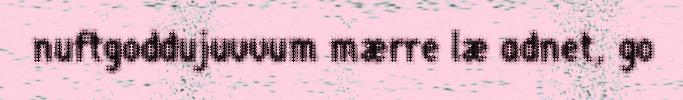
nuftgoddujuvvum mærre læ adnet, go